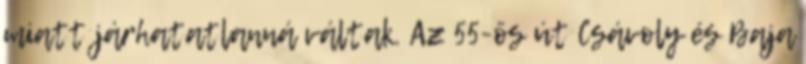
miatt járhatatlanná váltak. Az 55-ös út Csávoly és Baja